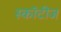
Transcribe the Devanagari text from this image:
स्कॉटीज